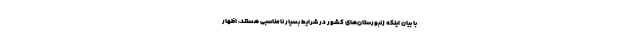
با بیان اینکه زنبورستان‌های کشور در شرایط بسیار نامناسبی هستند، اظهار